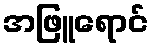
အဖြူရောင်